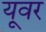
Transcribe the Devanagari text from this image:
यूवर